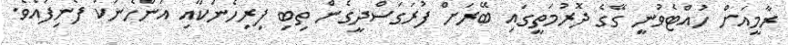
ރާމީއަށް ހުއްޓެވުނީ ގޭގެ ދޮރުމަތީގައި ބޭރަށް ފުރަގަސްދީގެން ތިބި ފިރިހެނަކާއި އަންހެނަކު ފެނިފައެވެ.